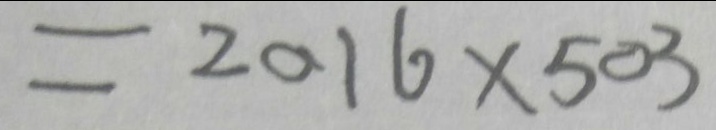
= 2 0 1 6 \times 5 0 3